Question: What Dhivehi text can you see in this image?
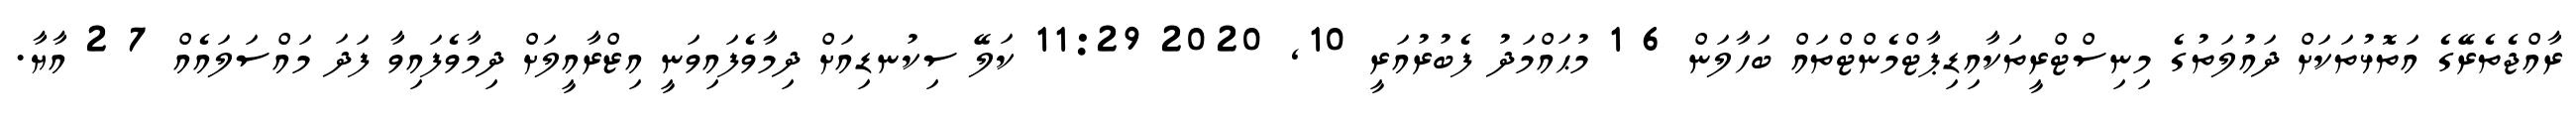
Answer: ރާއްޖެތެރޭގެ އަތޮޅުތަކަށް ދައުލަތުގެ މިނިސްޓްރީތަކާއިޑިޕާޓްމެންޓްތައް ބަހާލަން 6 1 މުޙައްމަދު ފެބުރުއަރީ 10, 2020 11:29 ކަލޭ ސިކުނޑިއަށް ދިމާވެފައިވަނީ އިޒްރާއީލަށް ދިމާވެފައިވާ ފަދަ މައްސަލައެއް 7 2 އާޔާ.